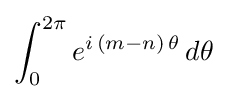
\int _{0}^{2\pi }e^{i\,(m-n)\,\theta }\,d\theta